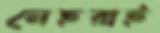
নেহরাই